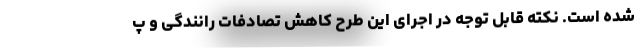
شده است. نکته قابل توجه در اجرای این طرح کاهش تصادفات رانندگی و پ